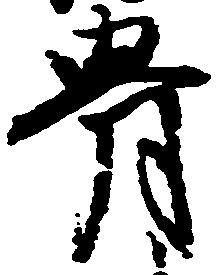
骨